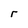
Character: r